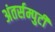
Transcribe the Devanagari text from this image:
अंतर्सम्पुटी